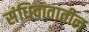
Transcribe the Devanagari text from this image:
संधिवातातील